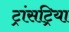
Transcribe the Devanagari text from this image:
ट्रांसट्रिया